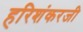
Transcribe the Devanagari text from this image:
हरिशंकरजी